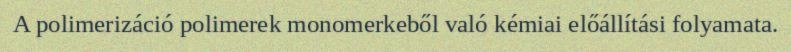
A polimerizáció polimerek monomerkeből való kémiai előállítási folyamata.